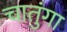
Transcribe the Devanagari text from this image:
चातुंगा